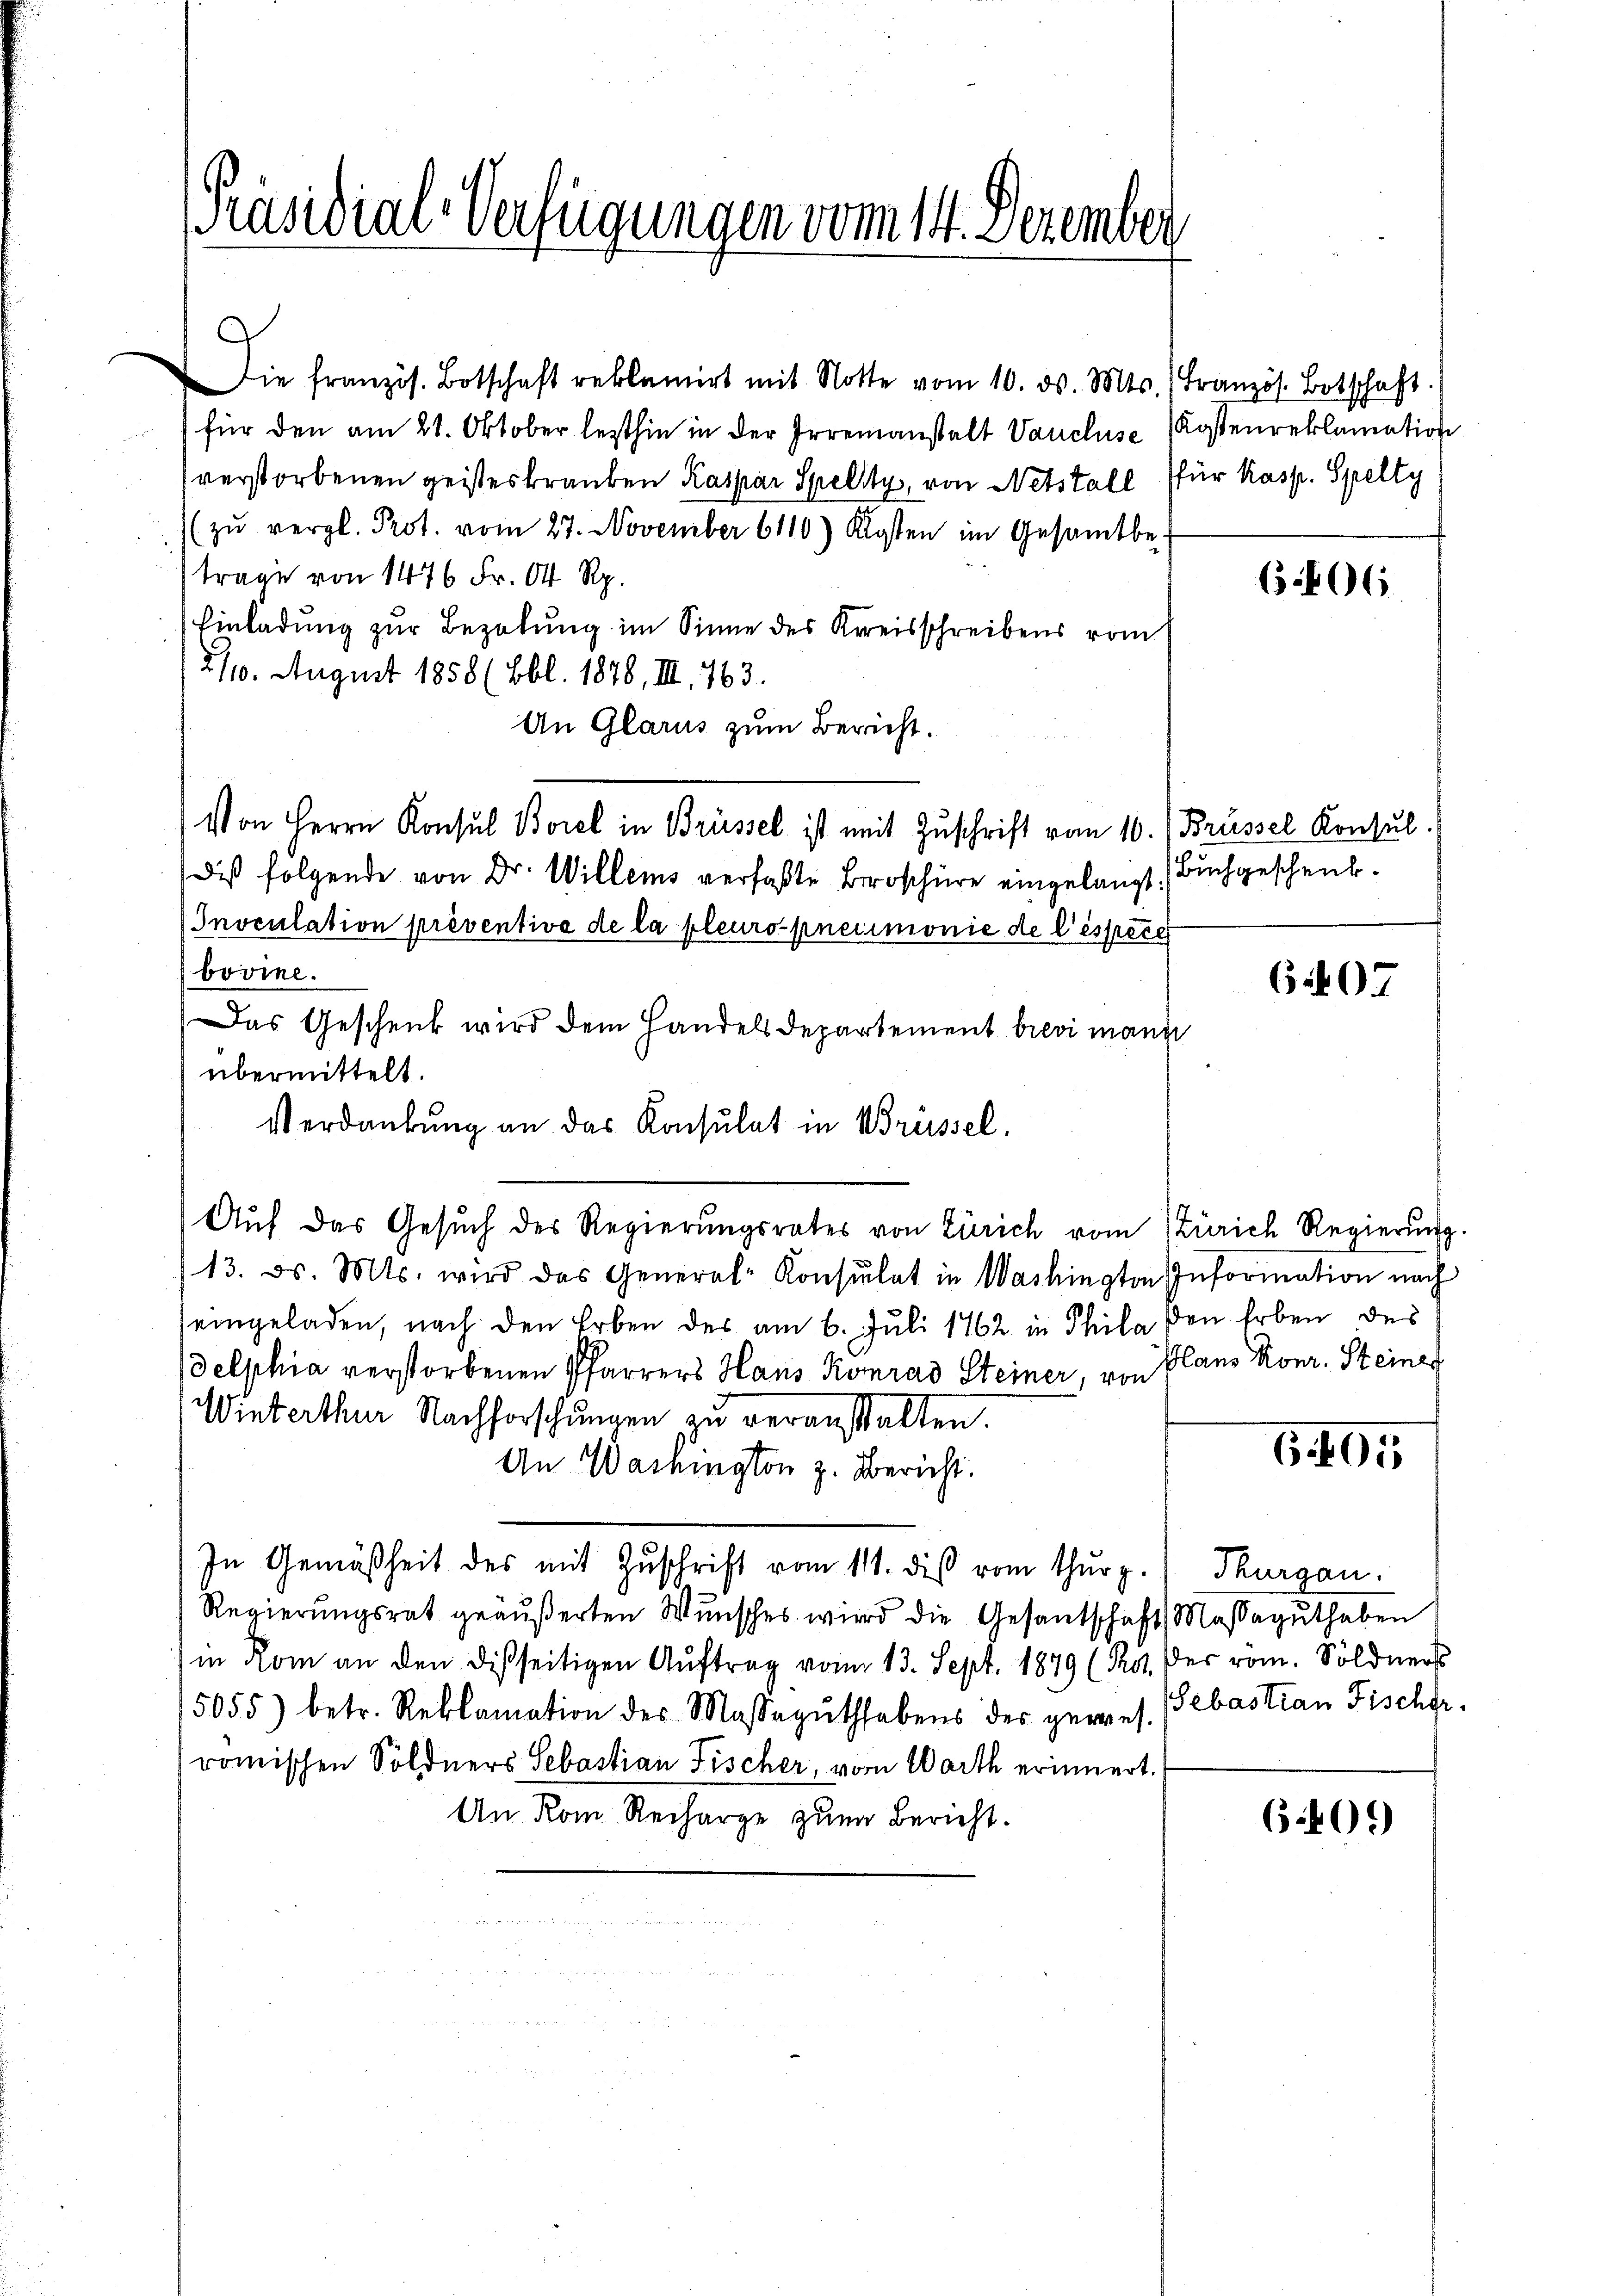
[Präsidial-Verfügungen vom 14. Dezember

Die französ. Botschaft reklamirt mit Notte vom 10. ds. Mts. Französ. Botschaft.
für den am 21. Oktober lezthin in der Irrenanstalt Vaucluse Kostenreklamation
verstorbenen geisteskranken Kaspar Spelitz, von Netstall für Kasp. Spelty
(zŭ vergl. Prot. vom 27. November 6110) Kosten im Gesamtbe-
trage von 1476 Fr. 64 Rp.
Einladung zur Bezalung im Sinne des Kreisschreibens vom
2110. August 1858 (Bbl. 1878, III. 763.
An Glarus zum Bericht.
Von Herrn Konsul Borel in Brüssel ist mit Zuschrift vom 10. Brüssel Konsul
Dis folgende von Dr. Willems verfaßte Broschüre eingelangt. Buchgeschenk¬
Inoculation préventive de la pleuro-pneumonie de l’espèce
bovine.
Das Geschenk wird dem Handelsdepartement brevi mann
übermittelt.
Verdankung an das Konsulat in Brüssel,
Aŭf das Gesŭch des Regierŭngsrates von Zürich vom Zürich Regierŭng.
13. d. Mts. wird das General-Konsulat in Washington Information nach
seingeladen, nach den Erben des am 6. Juli 1862 in Phila den Erben des
delphia verstorbenen Pfarrers Haus Konrad Steiner, von Plans Konr. Steiner
Winterthur Nachforschungen zu veranstalten.
An Wachington z. Bericht.
In Gemäßheit des mit Zuschrift vom 111. dieß vom Thurz.) Thurgau.
Regierŭngsrat geäußerten Wŭnsches wird die Gesantschaft Massaguthaben
in Rom an den disseitigen Auftrag vom 13. Sept. 1849 (Rot. Der röm. Söldners
15055) betr. Reklamation des Massagŭthhabens der gewies. Sebastian Fischer.
romischen Söldners Sebastian Fischer, von Warth erinnert.
An Rom Recharge zum Bericht.

6.406

6207

6.405

640.